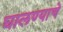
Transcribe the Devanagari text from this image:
घालण्‍याचे